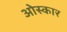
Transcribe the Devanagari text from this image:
ओस्कार